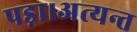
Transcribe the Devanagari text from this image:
पड़ा।अत्यन्त